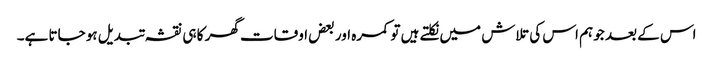
اس کے بعد جو ہم اس کی تلاش میں نکلتے ہیں تو کمرہ اور بعض اوقات گھر کا ہی نقشہ تبدیل ہو جاتا ہے۔